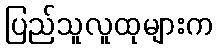
ပြည်သူလူထုများက